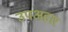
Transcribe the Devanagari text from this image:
उपअहार